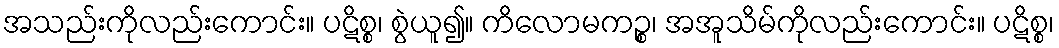
အသည်းကိုလည်းကောင်း။ ပဋိစ္စ၊ စွဲယူ၍။ ကိလောမကဉ္စ၊ အအူသိမ်ကိုလည်းကောင်း။ ပဋိစ္စ၊